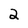
Character: 2